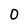
Character: 0